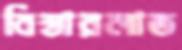
বিস্তারলাভ